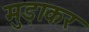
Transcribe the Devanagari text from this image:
मुड़ाकर